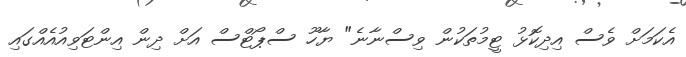
އެކަމަށް ވެސް އިދިކޮޅު ޓީމުތަކުން ވިސްނާނެ" ޔާހޫ ސްޕޯޓްސް އަށް ދިން އިންޓަވިއުއެއްގައި